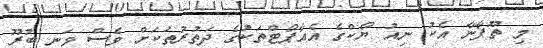
މި ތޫފާނާ އެކު ނިއު ޔޯކްގެ އެއާޕޯޓްތަކުގެ ދަތުރުތަކަށް ވެސް ވަނީ ބުރޫ